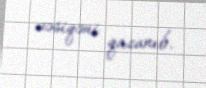
vəsiqəni qazanıb.